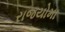
રાજયોમા